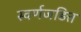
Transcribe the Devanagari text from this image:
स्‍वर्णजड़ित